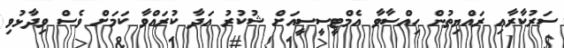
ސަރުކާރާއި ރައްޔިތުން ހިއްސާވާ އެމްޓީސީސީއަށް ޝުކުރު އަދާ ކުރައްވާ ކަމަށް ވެސް ވިދާޅުވި